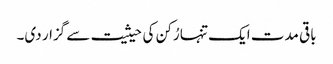
باقی مدت ایک تنہا رُکن کی حیثیت سے گزار دی۔